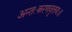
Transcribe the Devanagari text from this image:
अन्तःकरणवृत्तयः॥